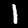
Label: 1